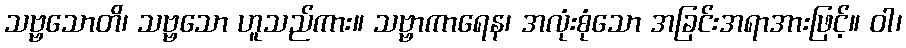
သဗ္ဗသောတိ၊ သဗ္ဗသော ဟူသည်ကား။ သဗ္ဗာကာရေန၊ အလုံးစုံသော အခြင်းအရာအားဖြင့်။ ဝါ၊